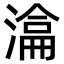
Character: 𣼕